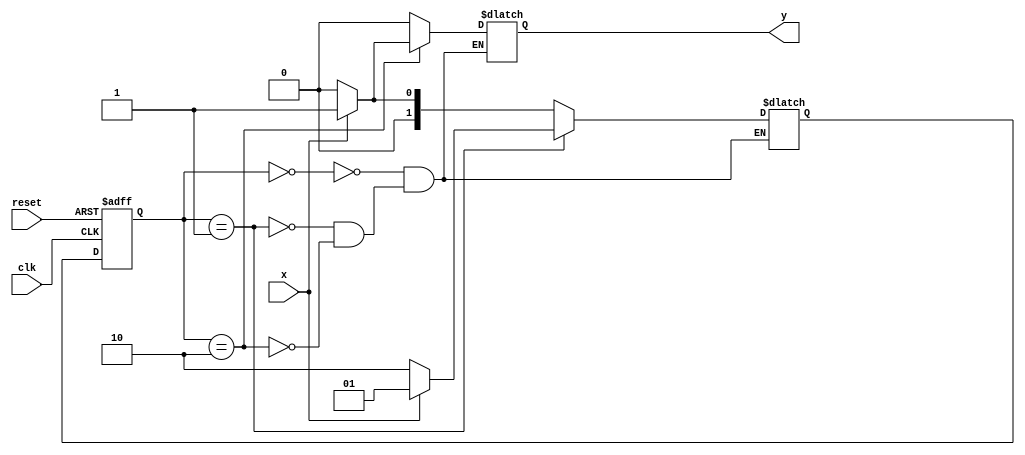
module B220068CS_SNEHA_1( output reg y,input x,clk,reset);
	reg [1:0] ps,ns;
	parameter s0=2'b00,s1=2'b01, s2= 2'b10;
	always @ (posedge clk,posedge reset) begin
		if (reset==1) begin
			ps<=s0;
		end
		else
			ps<=ns;
		end
	always @ (ps,x) begin
		case(ps)
		s0:
			if (x) begin
				ns=s1;y=0;
			end
			else begin
				ns=s0; y=0;
			end
		s1:
			if (x) begin
				ns=s1; y=0;
			end
			else begin
				ns=s2;y=0;
			end
		s2:
			if (x) begin
				ns=s1;y=1;
			end
			else begin
				ns=s0; y=0;
			end
		endcase
	end
endmodule